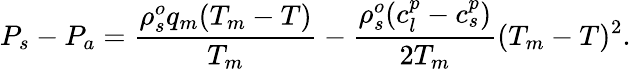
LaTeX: P_{s}-P_{a}=\frac{\rho_{s}^{o}q_{m}(T_{m}-T)}{T_{m}}-\frac{\rho_{s}^{o}(c_{l}^{p}-c_{s}^{p})}{2T_{m}}(T_{m}-T)^{2}.